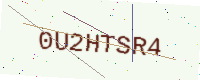
Text: 0U2HTSR4